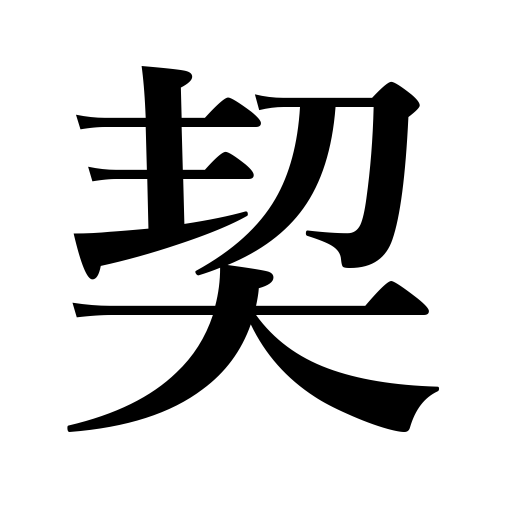
Meanings: swear,vow,pledge,promise